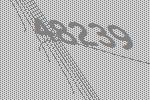
48239